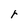
Character: r